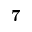
\mathbf 7